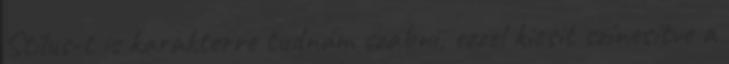
Stílus-t is karakterre tudnám szabni, ezzel kicsit színesítve a